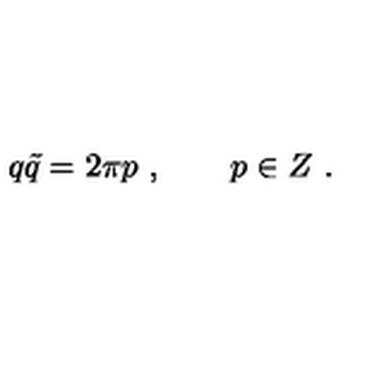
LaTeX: q \tilde { q } = 2 \pi p \ , \qquad p \in Z \ .